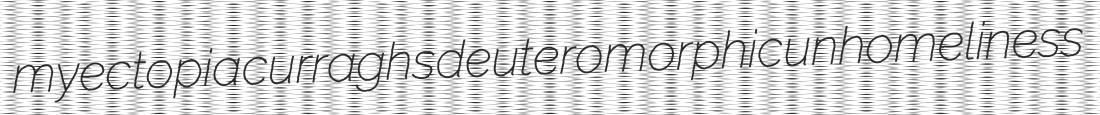
myectopia curraghs deuteromorphic unhomeliness